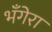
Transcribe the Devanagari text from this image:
भँगेरा